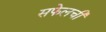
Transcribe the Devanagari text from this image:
सफेलची